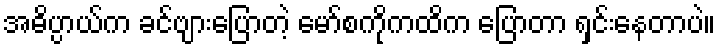
အဓိပ္ပာယ်က ခင်ဗျားပြောတဲ့ မော်စကိုကထိက ပြောတာ ရှင်းနေတာပဲ။